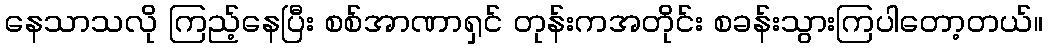
နေသာသလို ကြည့်နေပြီး စစ်အာဏာရှင် တုန်းကအတိုင်း စခန်းသွားကြပါတော့တယ်။